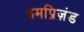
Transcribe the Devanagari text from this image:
इमप्रिज़ंड